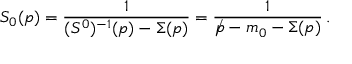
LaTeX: S _ { 0 } ( p ) = \frac { 1 } { ( S ^ { 0 } ) ^ { - 1 } ( p ) - \Sigma ( p ) } = \frac { 1 } { \rlap / p - m _ { 0 } - \Sigma ( p ) } \, .